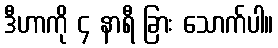
ဒီဟာကို ၄ နာရီ ခြား သောက်ပါ။